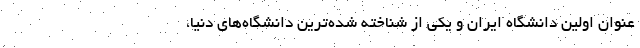
عنوان اولین دانشگاه ایران و یکی از شناخته شده‌ترین دانشگاه‌های دنیا،